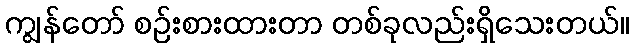
ကျွန်တော် စဉ်းစားထားတာ တစ်ခုလည်းရှိသေးတယ်။